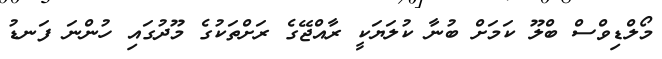
މޯލްޑިވްސް ބްލޫ ކަމަށް ބުނާ ކުލަޔަކީ ރާއްޖޭގެ ރަށްތަކުގެ މޫދުގައި ހުންނަ ފަނޑު